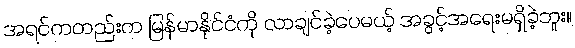
အရင်ကတည်းက မြန်မာနိုင်ငံကို လာချင်ခဲ့ပေမယ့် အခွင့်အရေးမရှိခဲ့ဘူး။